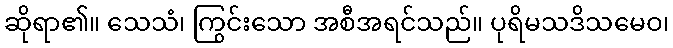
ဆိုရာ၏။ သေသံ၊ ကြွင်းသော အစီအရင်သည်။ ပုရိမသဒိသမေဝ၊